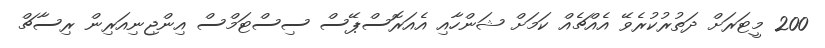
200 މީޓަރަށް ދަތުރުކުރެވޭ އެއްޗެއް ކަމަށް ޝަންހާއި އެއަރޮސްޕޭސް ސިސްޓަމްސް އިންޖިނިއަރިން ރިސާޗް